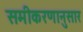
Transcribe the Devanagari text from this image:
समीकरणानुसार